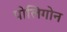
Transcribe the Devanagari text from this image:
पोलिगोन